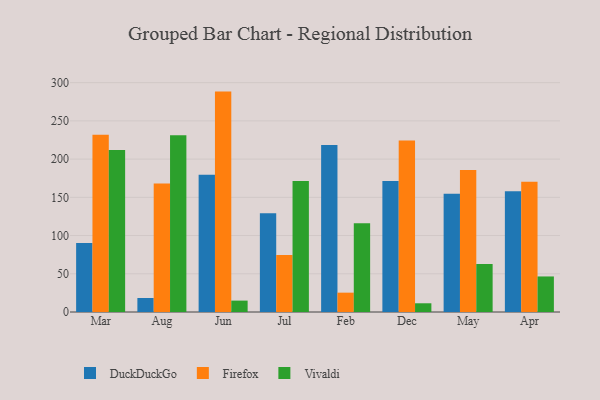
{"axis": {"x": "Month", "y": "Headcount"}, "legend": ["DuckDuckGo", "Firefox", "Vivaldi"], "data": [{"x": "Mar", "y": 90.1, "type": "DuckDuckGo"}, {"x": "Mar", "y": 231.9, "type": "Firefox"}, {"x": "Mar", "y": 211.9, "type": "Vivaldi"}, {"x": "Aug", "y": 18.3, "type": "DuckDuckGo"}, {"x": "Aug", "y": 168.2, "type": "Firefox"}, {"x": "Aug", "y": 231.1, "type": "Vivaldi"}, {"x": "Jun", "y": 179.4, "type": "DuckDuckGo"}, {"x": "Jun", "y": 288.3, "type": "Firefox"}, {"x": "Jun", "y": 14.9, "type": "Vivaldi"}, {"x": "Jul", "y": 129.3, "type": "DuckDuckGo"}, {"x": "Jul", "y": 74.5, "type": "Firefox"}, {"x": "Jul", "y": 171.5, "type": "Vivaldi"}, {"x": "Feb", "y": 218.6, "type": "DuckDuckGo"}, {"x": "Feb", "y": 25.3, "type": "Firefox"}, {"x": "Feb", "y": 116.1, "type": "Vivaldi"}, {"x": "Dec", "y": 171.2, "type": "DuckDuckGo"}, {"x": "Dec", "y": 224.4, "type": "Firefox"}, {"x": "Dec", "y": 11.4, "type": "Vivaldi"}, {"x": "May", "y": 154.6, "type": "DuckDuckGo"}, {"x": "May", "y": 185.9, "type": "Firefox"}, {"x": "May", "y": 62.8, "type": "Vivaldi"}, {"x": "Apr", "y": 158.1, "type": "DuckDuckGo"}, {"x": "Apr", "y": 170.4, "type": "Firefox"}, {"x": "Apr", "y": 46.5, "type": "Vivaldi"}]}